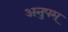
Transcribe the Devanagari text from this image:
अनुपम्